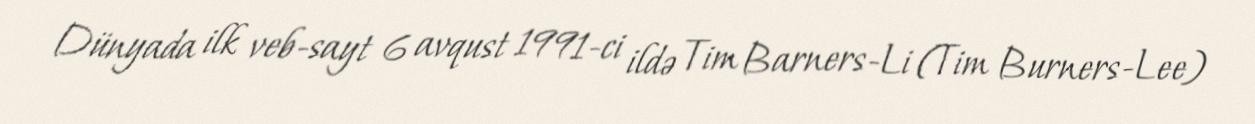
Dünyada ilk veb-sayt 6 avqust 1991-ci ildə Tim Barners-Li (Tim Burners-Lee)